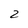
Character: 2